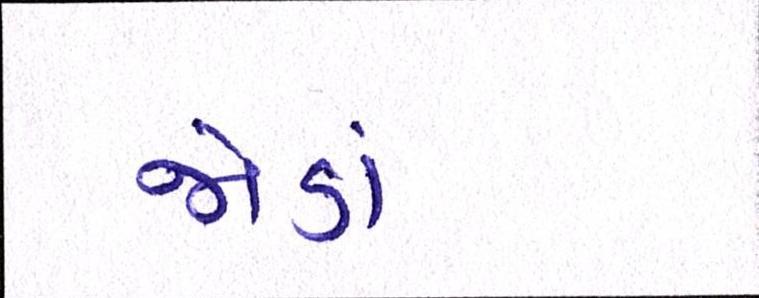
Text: જોડાં